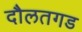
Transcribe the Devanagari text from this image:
दौलतगड